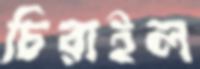
চিরাইল